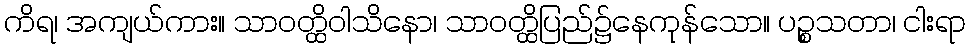
ကိရ၊ အကျယ်ကား။ သာဝတ္ထိဝါသိနော၊ သာဝတ္ထိပြည်၌နေကုန်သော။ ပဉ္စသတာ၊ ငါးရာ